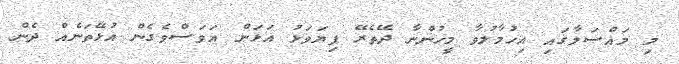
މި މައްސަލާގައި އިހުމާލުވާ މީހުންނާ ދޭތެރޭ ފިޔަވަޅު އަޅަން އަވަސްވެގެން އުޅޭތަނެއް ދެން